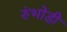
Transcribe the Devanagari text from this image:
रुंभोडी